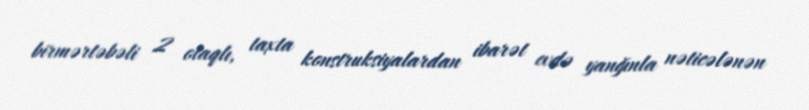
birmərtəbəli 2 otaqlı, taxta konstruksiyalardan ibarət evdə yanğınla nəticələnən